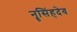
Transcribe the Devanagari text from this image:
नॄसिंहदेव